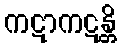
ကဋာကဋန္တိ